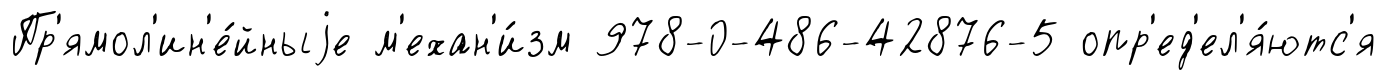
Пр'ямол'ин'е́йныjе м'ехан'и́зм 978-0-486-42876-5 опр'ед'ел'я́ютс'я